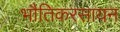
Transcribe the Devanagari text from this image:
भौतिकरसायन